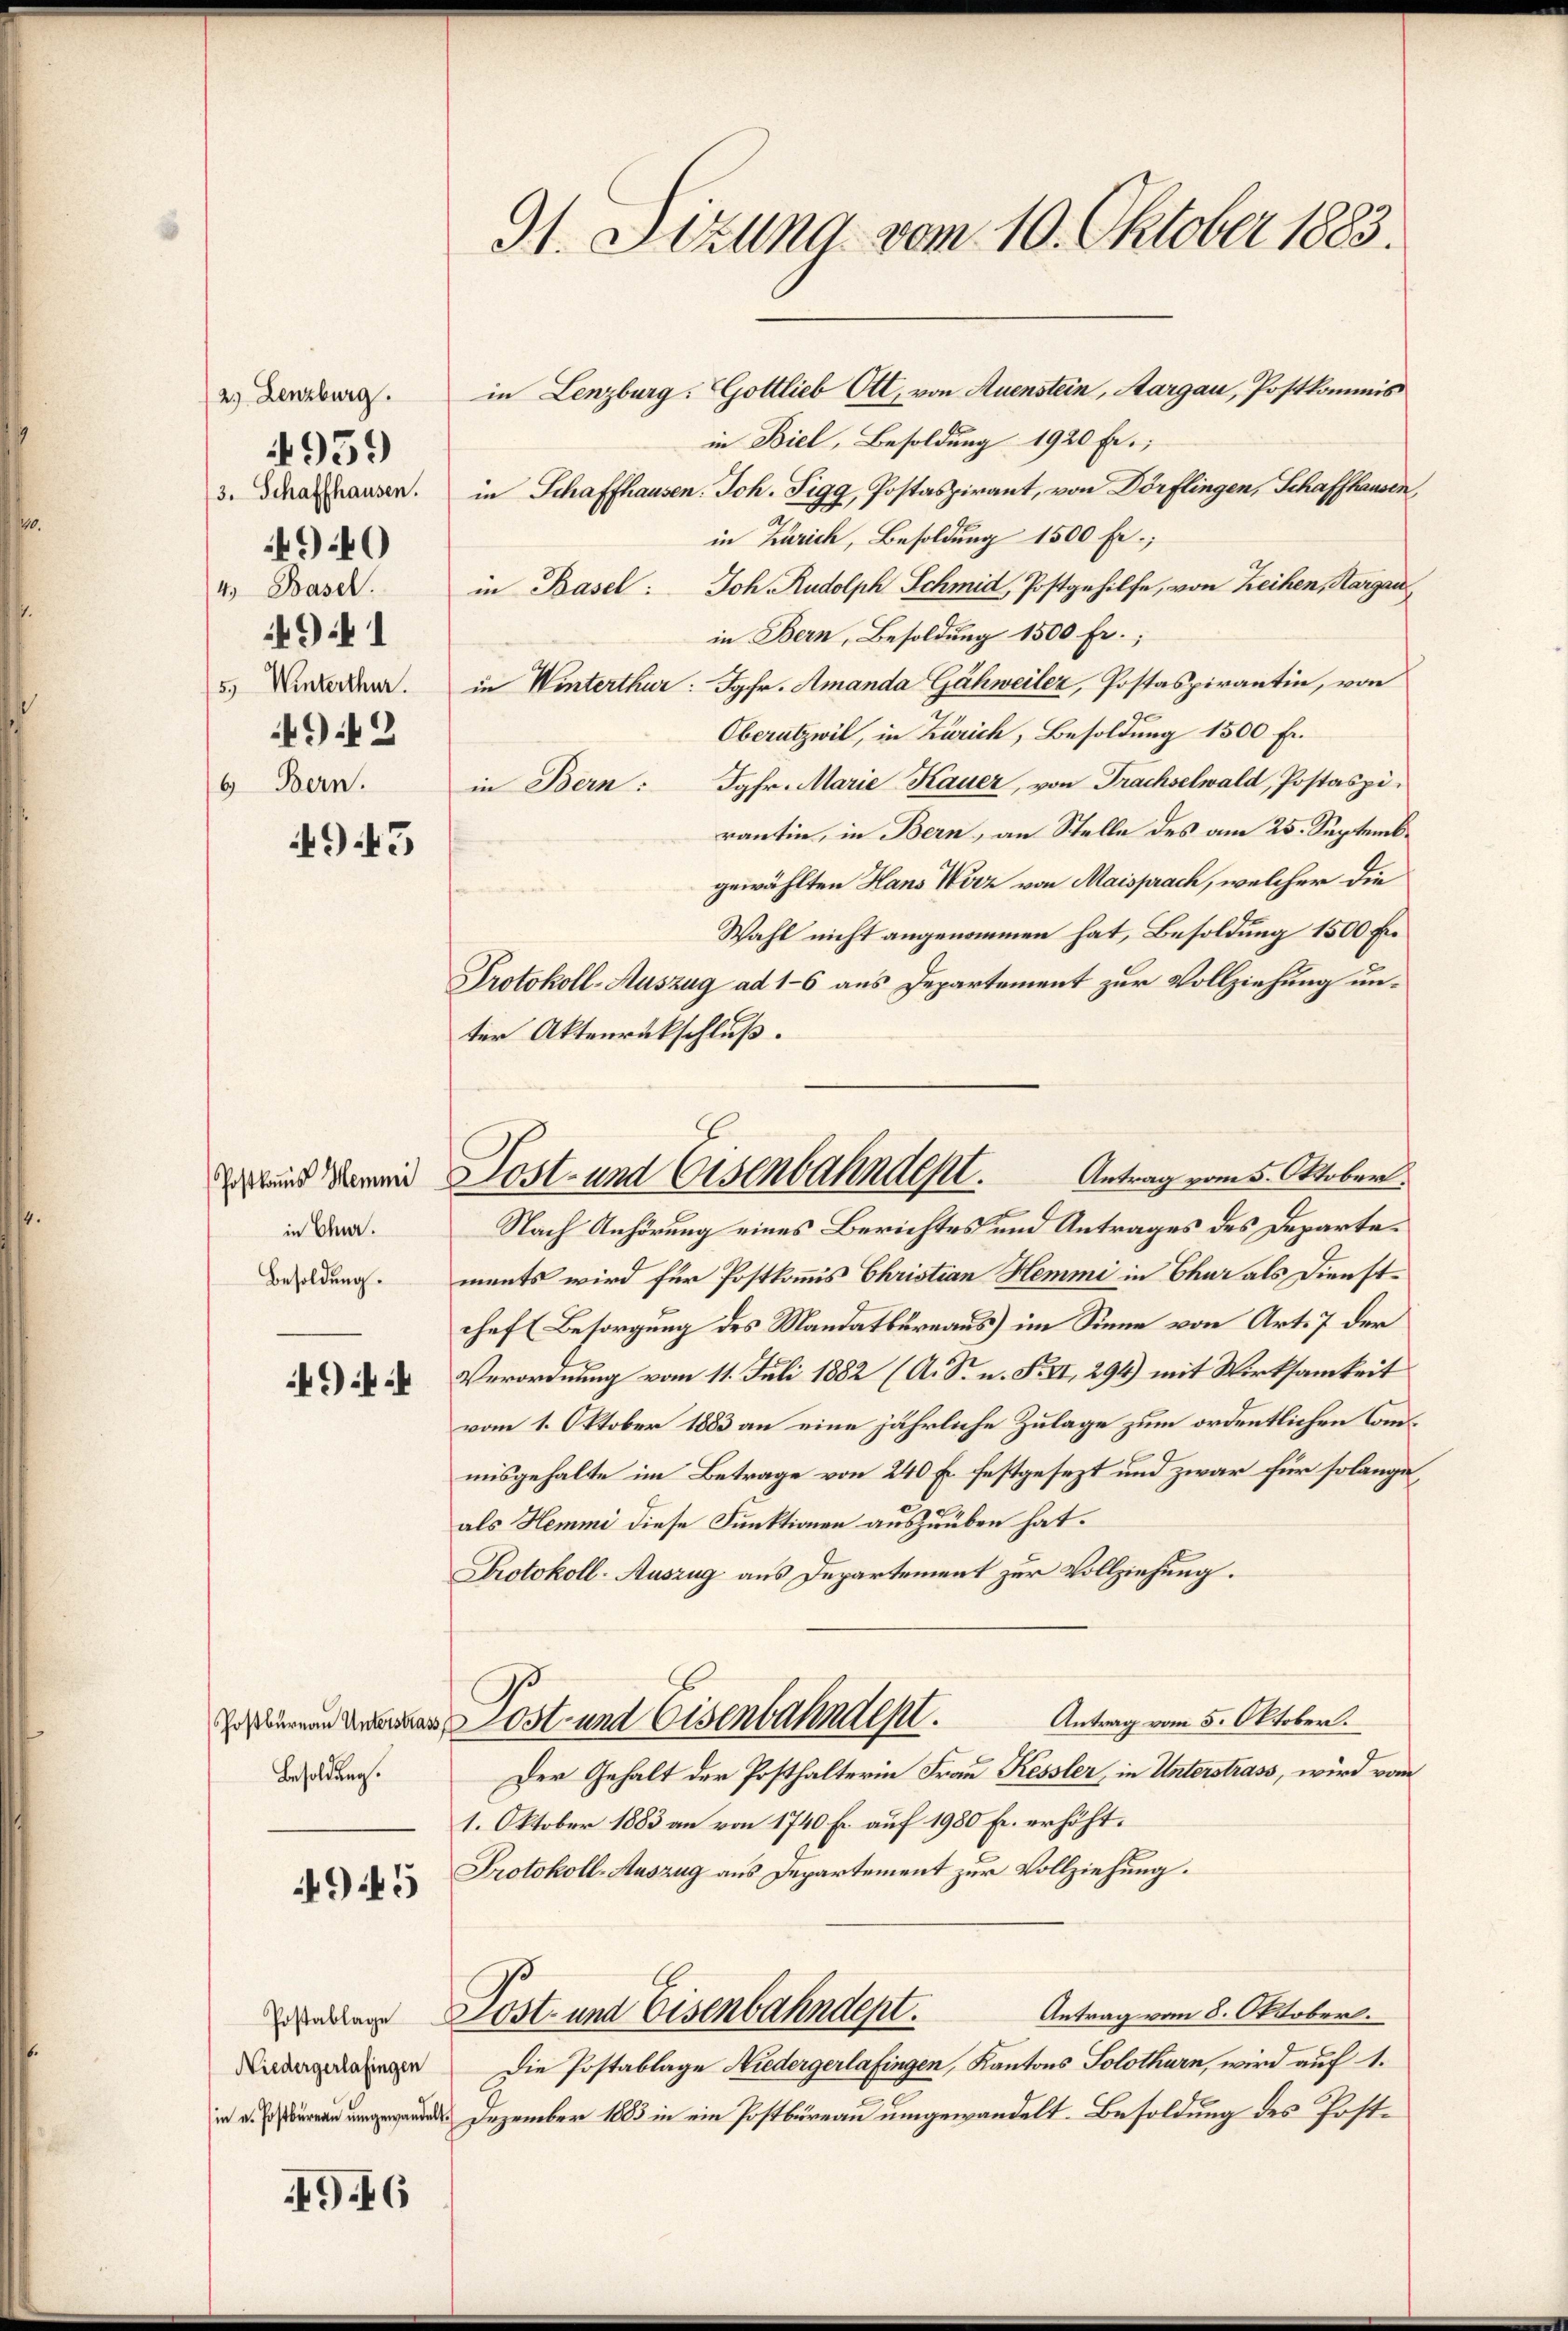
2.) Lenzburg.
3. Schaffhausen.
4940
4.) Basel.
49 1
5., Winterthur.
942
6 Bern.

4959

4945

Postkans Hemmi
in Chur.
Besoldung.

Postbureau Unterstra¬
Besoldung.

4945

Postablage
Niedergerlafingen
in u. Postbureau umgewandelt

946

91. Sezung vom 10. Oktober 1883.

Post- und Eisenbahndept. Antrag vom 5. Oktober.

in Lenzburg. Gottlieb Ott, von Auenstein, Aargau, Postkommis
in Biel, Besoldung 1920 Fr.;
in Schaffhausen. Joh. Figg, Postaspirant, von Dörflingen, Schaffhausen,
A
in Zürich, Besoldung 1500 Fr.;
in Basel: Joh. Rudolph Schmid, Postgehilfe, von Reihen, Aargau
in Bern, Besoldung 1500 Fr.
in Winterthur: Jgfr. Amanda Gähweiler, Postaspirantin, von
Oberatzwil, in Zürich, Besoldung 1500 Fr.
in Bern: Jgfr. Marie Kauer, von Frachselwald, Postaspirantin, in Bern, an Stelle des am 25. Septemb.
gewählten Hans Wirz von Maisprach, welcher die
Wahl nicht angenommen hat, Besoldung 1500 Fr.
Protokoll-Auszug ad 1-6 aus Departement zur Vollziehung unter Aktenrückschluß.
Nach Anhörung eines Berichtes und Antrages des Departements wird für Postkommis Christian Hemmi in Chur als Dienstchef (Besorgung des Mandatbureaus) im Sinne von Art. 7 der
Verordnung vom 11. Juli 1882 (A. S. n. F. VI, 294) mit Wirksamkeit
vom 1. Oktober 1883 an eine jährliche Zulage zum ordentlichen Commisgehalte im Betrage von 240 Fr. festgesezt und zwar für solange
als Hemmi diese Funktionen auszuüben hat.
Protokoll-Auszug aus Departement zur Vollziehung.
Antrag vom 5. Oktober.
Post- und Eisenbahndept.
Der Gehalt der Posthalterin Frau Kessler, in Unterstrass, wird vom
1. Oktober 1883 an von 1740 Fr. auf 1980 Fr. erhöht.
Protokoll-Auszug aus Departement zur Vollziehung.
Antrag vom 8. Oktober.
Post- und Eisenbahndept.
Die Postablage Niedergerlafingen, Kantons Solothurn, wird auf 1.
Dezember 1883 in ein Postbüreau umgewandelt. Besoldung des Post¬